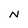
Character: N